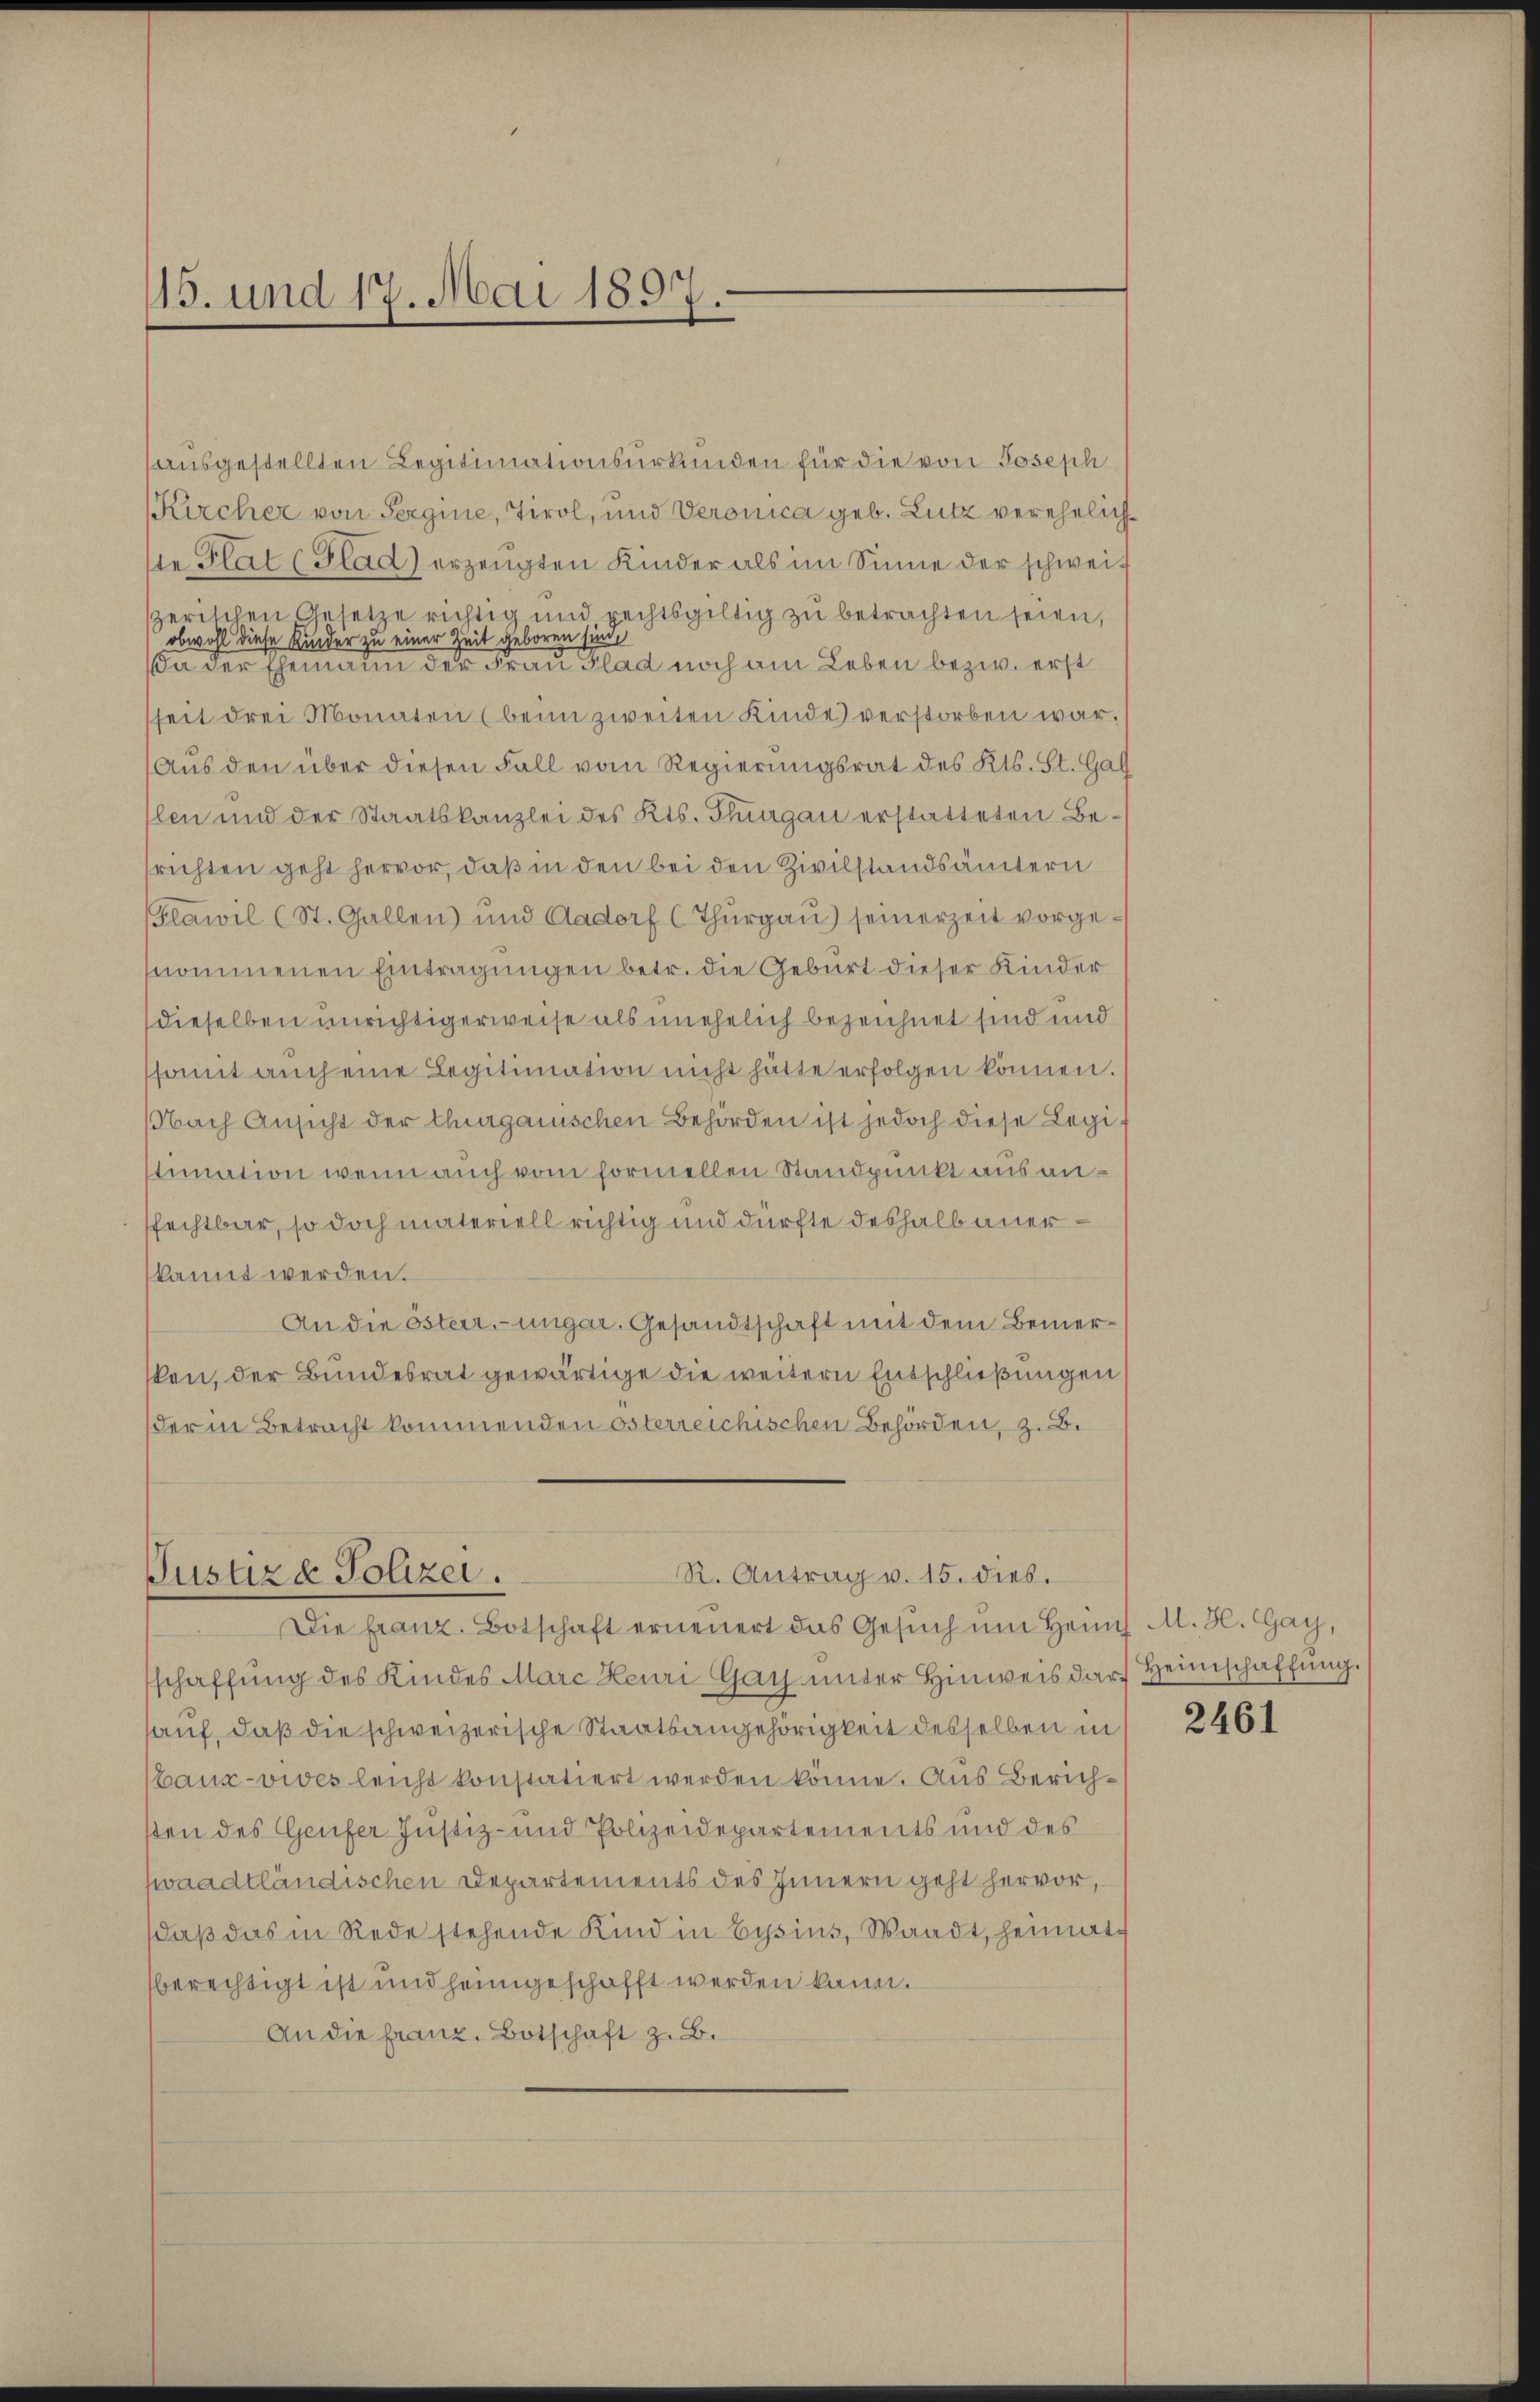
15. und 17. Mai 1897.

ausgestellten Legitimationsurkunden für die von Joseph
Kircher von Sergine, Tirol, und Veronica geb. Lutz verehelichie Plat (Glad) erzeugten Kinder als im Sinne der schweiz
zerischen Gesetze richtig und rechtsgültig zŭ betrachten seien,
obwohl diese Kinder zu einer Zeit geboren sind,
a der Ehemann der Frau Klad noch am Leben bezw. erst
seit drei Monaten (beim zweiten Kinde) verstorben war.
Aus den über diesen Fall vom Regierungsrat des Kts. St. Gal
len und der Staatskanzlei des Kts. Thurgau erstatteten Besrichten geht hervor, daß in den bei den Zivilstandsämtern
lawil (St. Gallen und Aadorf (Thurgau) seinerzeit vorgesnommenen Eintragungen betr. die Geburt dieser Kinder
dieselben unrichtigerweise als unehelich bezeichnet sind und
somit auch eine Legitimation nicht hätte erfolgen können.
NNach Ansicht der thurgauischen Behörden ist jedoch diese Legi-
timation wenn auch vom formellen Standpunkt aus anfechtbar, so doch materiell richtig und dürfte deshalb aner¬
(kannt werden.
An die österr.-ungar. Gesandtschaft mit dem Bemersken, der Bundesrat gewärtige die weitern Entschließungen
der in Betracht kommenden österreichischen Behörden, z. B.

R. Antrag v. 15. dies.
Justiz & Polizei.

Die franz. Botschaft erneuert das Gesuch um Heims M. H. Gay,
schaffung des Kindes Marc Heuri Gay unter Hinweis darf Heimschaffŭng.
hauf, daß die schweizerische Staatsangehörigkeit desselben in
baux-vies leicht konstatiert werden könne. Aus Zürichsten des Genfer Justiz- und Polizeidepartements und des
hwaadtländischen Departements des Innern geht hervor,
daß das in Rede stehende Kind in Eysins, Waadt, heimat
sberechtigt ist und heimgeschafft werden kann.
An die franz. Botschaft z. B.

2461